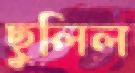
ছুলিল